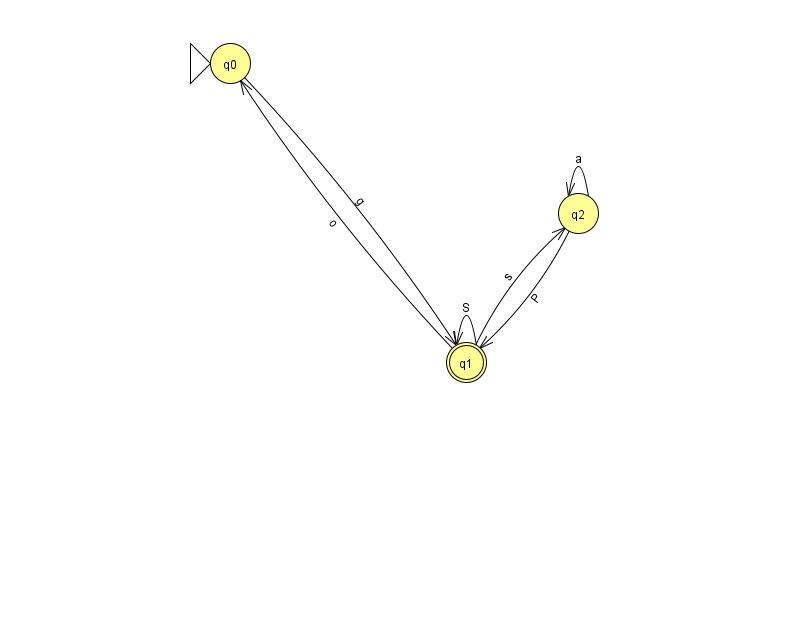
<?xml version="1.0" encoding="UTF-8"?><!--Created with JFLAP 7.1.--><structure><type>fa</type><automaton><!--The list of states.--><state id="0" name="q0"><x>230.0</x><y>50.0</y><initial/></state><state id="1" name="q1"><x>466.0</x><y>349.0</y><final/></state><state id="2" name="q2"><x>578.0</x><y>200.0</y></state><!--The list of transitions.--><transition><from>2</from><to>2</to><read>a</read></transition><transition><from>1</from><to>1</to><read>S</read></transition><transition><from>0</from><to>1</to><read>g</read></transition><transition><from>2</from><to>1</to><read>P</read></transition><transition><from>1</from><to>2</to><read>s</read></transition><transition><from>1</from><to>0</to><read>o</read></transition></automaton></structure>